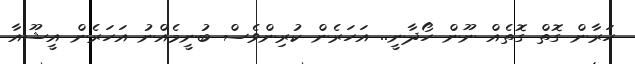
ހަރާން ގޮތް ގޮތެއް ނޫން ހޯދާނީ.. އަހަރެން ކުރިންވެސް ބުނީމެއްނު އަހަރެން އީޝޫއާ